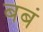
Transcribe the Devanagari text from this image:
बबं